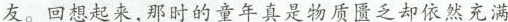
友。回想起来,那时的童年真是物质匮乏却依然充满